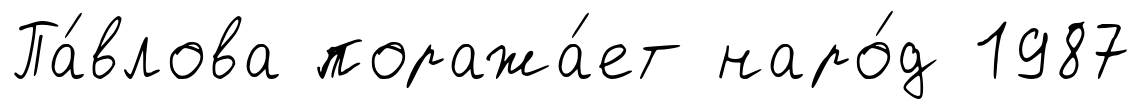
Па́влова поража́ет наро́д 1987